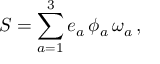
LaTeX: S = \sum _ { a = 1 } ^ { 3 } e _ { a } \, \phi _ { a } \, \omega _ { a } \, ,